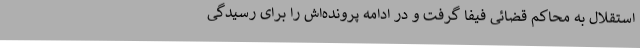
استقلال به محاکم قضائی فیفا گرفت و در ادامه پرونده‌اش را برای رسیدگی